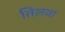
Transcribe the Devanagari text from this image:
तिलवा